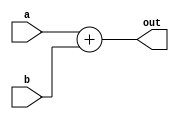
module Adder
(
  input [63:0]a,b,
  output reg [63:0]out
);

always@(a,b)
begin
  out = a + b;
end

endmodule